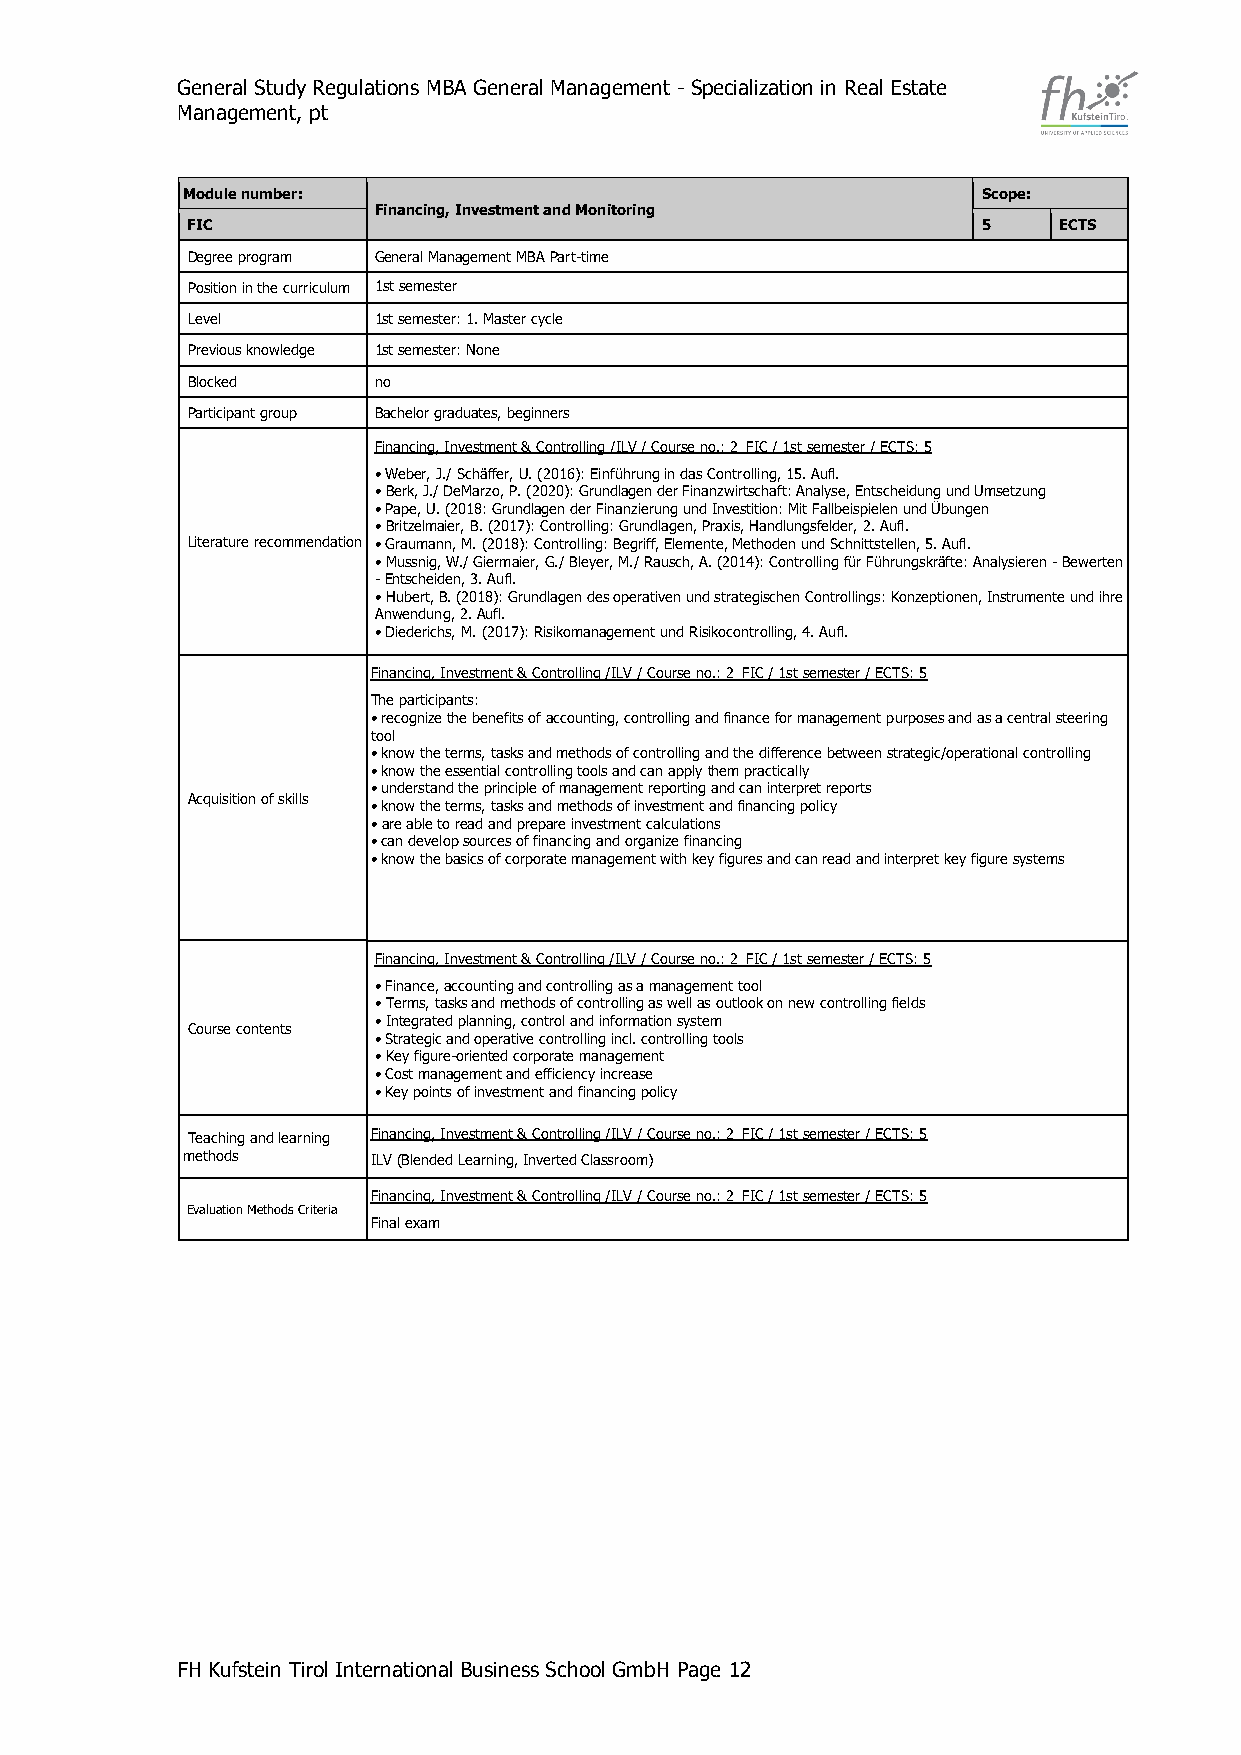
General Study Regulations MBA General Management - Specialization in Real Estate
 Management, pt
 Module number:                                       Scope:
 Financing, Investment and Monitoring
 FIC                                                  5    ECTS
 Degree program General Management MBA Part-time
 Position in the curriculum 1st semester
 Level        1st semester: 1. Master cycle
 Previous knowledge 1st semester: None
 Blocked      no
 Participant group Bachelor graduates, beginners
 Financing, Investment & Controlling /ILV / Course no.: 2_FIC / 1st semester / ECTS: 5
 • Weber, J./ Schäffer, U. (2016): Einführung in das Controlling, 15. Aufl.
 • Berk, J./ DeMarzo, P. (2020): Grundlagen der Finanzwirtschaft: Analyse, Entscheidung und Umsetzung
 • Pape, U. (2018: Grundlagen der Finanzierung und Investition: Mit Fallbeispielen und Übungen
 • Britzelmaier, B. (2017): Controlling: Grundlagen, Praxis, Handlungsfelder, 2. Aufl.
 Literature recommendation • Graumann, M. (2018): Controlling: Begriff, Elemente, Methoden und Schnittstellen, 5. Aufl.
 • Mussnig, W./ Giermaier, G./ Bleyer, M./ Rausch, A. (2014): Controlling für Führungskräfte: Analysieren - Bewerten
 - Entscheiden, 3. Aufl.
 • Hubert, B. (2018): Grundlagen des operativen und strategischen Controllings: Konzeptionen, Instrumente und ihre
 Anwendung, 2. Aufl.
 • Diederichs, M. (2017): Risikomanagement und Risikocontrolling, 4. Aufl.
 Financing, Investment & Controlling /ILV / Course no.: 2_FIC / 1st semester / ECTS: 5
 The participants:
 • recognize the benefits of accounting, controlling and finance for management purposes and as a central steering
 tool
 • know the terms, tasks and methods of controlling and the difference between strategic/operational controlling
 • know the essential controlling tools and can apply them practically
 Acquisition of skills
 • understand the principle of management reporting and can interpret reports
 • know the terms, tasks and methods of investment and financing policy
 • are able to read and prepare investment calculations
 • can develop sources of financing and organize financing
 • know the basics of corporate management with key figures and can read and interpret key figure systems
 Financing, Investment & Controlling /ILV / Course no.: 2_FIC / 1st semester / ECTS: 5
 • Finance, accounting and controlling as a management tool
 • Terms, tasks and methods of controlling as well as outlook on new controlling fields
 Course contents
 • Integrated planning, control and information system
 • Strategic and operative controlling incl. controlling tools
 • Key figure-oriented corporate management
 • Cost management and efficiency increase
 • Key points of investment and financing policy
 Teaching and learning Financing, Investment & Controlling /ILV / Course no.: 2_FIC / 1st semester / ECTS: 5
 methods      ILV (Blended Learning, Inverted Classroom)
 Financing, Investment & Controlling /ILV / Course no.: 2_FIC / 1st semester / ECTS: 5
 Evaluation Methods Criteria
 Final exam
 FH Kufstein Tirol International Business School GmbH Page 12